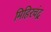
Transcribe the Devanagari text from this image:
मिहिरचंद्र